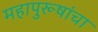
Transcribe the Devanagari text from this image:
महापुरूषांचा